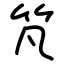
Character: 竼